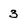
Character: 3